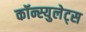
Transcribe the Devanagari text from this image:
कॉन्स्युलेट्स